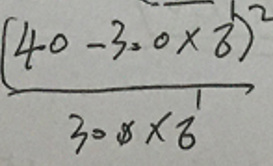
\[
\frac{(40 - 3.0\times8)^2}{30\times8}
\]